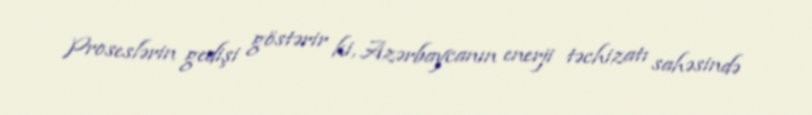
Proseslərin gedişi göstərir ki, Azərbaycanın enerji təchizatı sahəsində